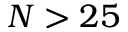
N > 2 5